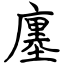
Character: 廛